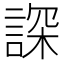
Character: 𧨾